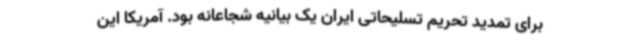
برای تمدید تحریم تسلیحاتی ایران یک بیانیه شجاعانه بود. آمریکا این